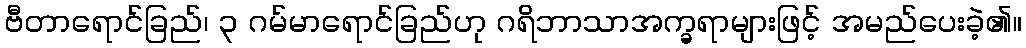
ဗီတာရောင်ခြည်၊ ၃ ဂမ်မာရောင်ခြည်ဟု ဂရိဘာသာအက္ခရာများဖြင့် အမည်ပေးခဲ့၏။